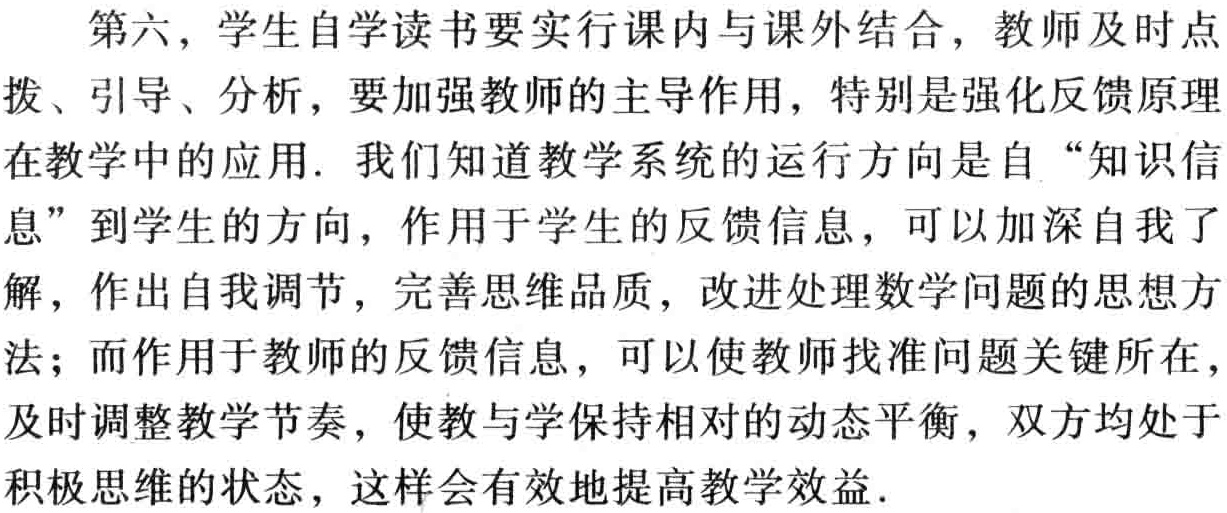
第六，学生自学读书要实行课内与课外结合，教师及时点拨、引导、分析，要加强教师的主导作用，特别是强化反馈原理在教学中的应用. 我们知道教学系统的运行方向是自“知识信息”到学生的方向，作用于学生的反馈信息，可以加深自我了解，作出自我调节，完善思维品质，改进处理数学问题的思想方法；而作用于教师的反馈信息，可以使教师找准问题关键所在，及时调整教学节奏，使教与学保持相对的动态平衡，双方均处于积极思维的状态，这样会有效地提高教学效益.